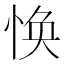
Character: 𢚾